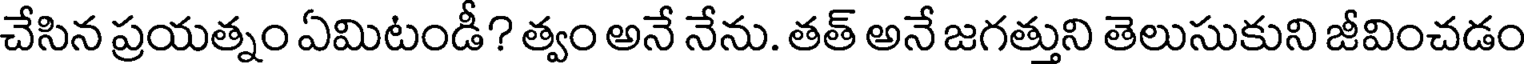
చేసిన ప్రయత్నం ఏమిటండీ? త్వం అనే నేను. తత్ అనే జగత్తుని తెలుసుకుని జీవించడం